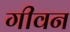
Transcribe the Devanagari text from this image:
गीवन